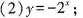
(2)y=-2^{x}；